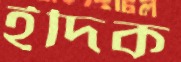
ইদিক